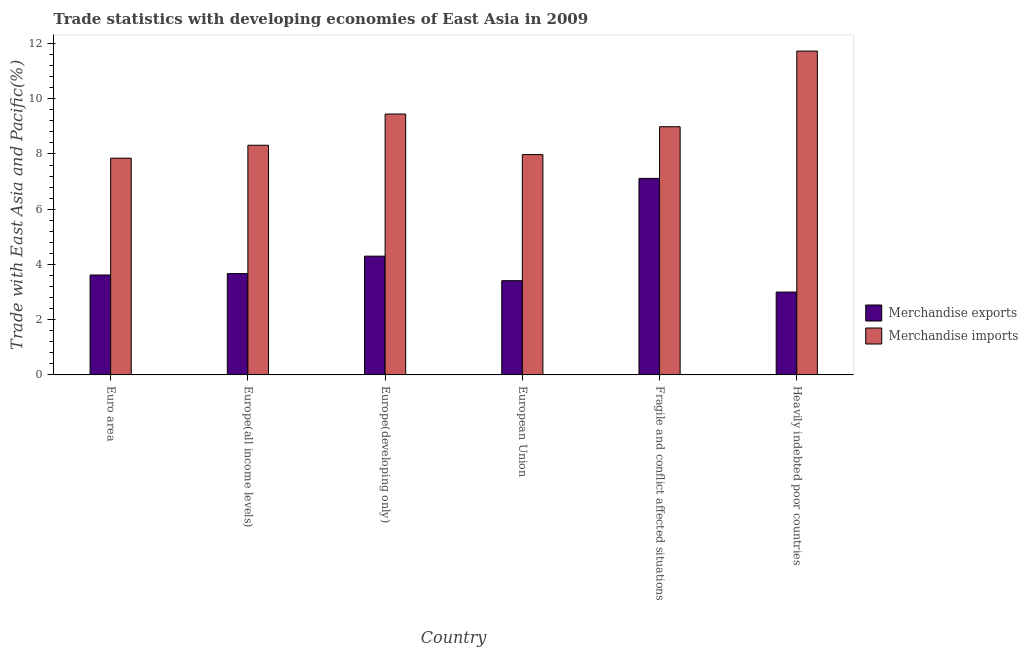
| Country | Merchandise exports | Merchandise imports |
 | --- | --- | --- |
 | Euro area | 3.62 | 7.85 |
 | Europe(all income levels) | 3.67 | 8.32 |
 | Europe(developing only) | 4.3 | 9.45 |
 | European Union | 3.41 | 7.98 |
 | Fragile and conflict affected situations | 7.12 | 8.99 |
 | Heavily indebted poor countries | 3 | 11.7 |